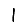
Digit: 1